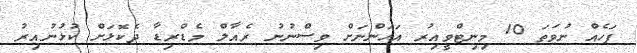
ފަހެއް ނުވަތަ 10 މިނިޓްވީއިރު އަހަންނަށް ވިސްނުނު ރެއާލް މެޑްރިޑާ ދެކޮޅަށް ކުޅުނުއިރު